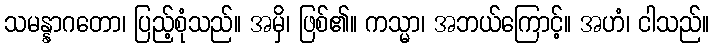
သမန္နာဂတော၊ ပြည့်စုံသည်။ အမှိ၊ ဖြစ်၏။ ကသ္မာ၊ အဘယ်ကြောင့်။ အဟံ၊ ငါသည်။